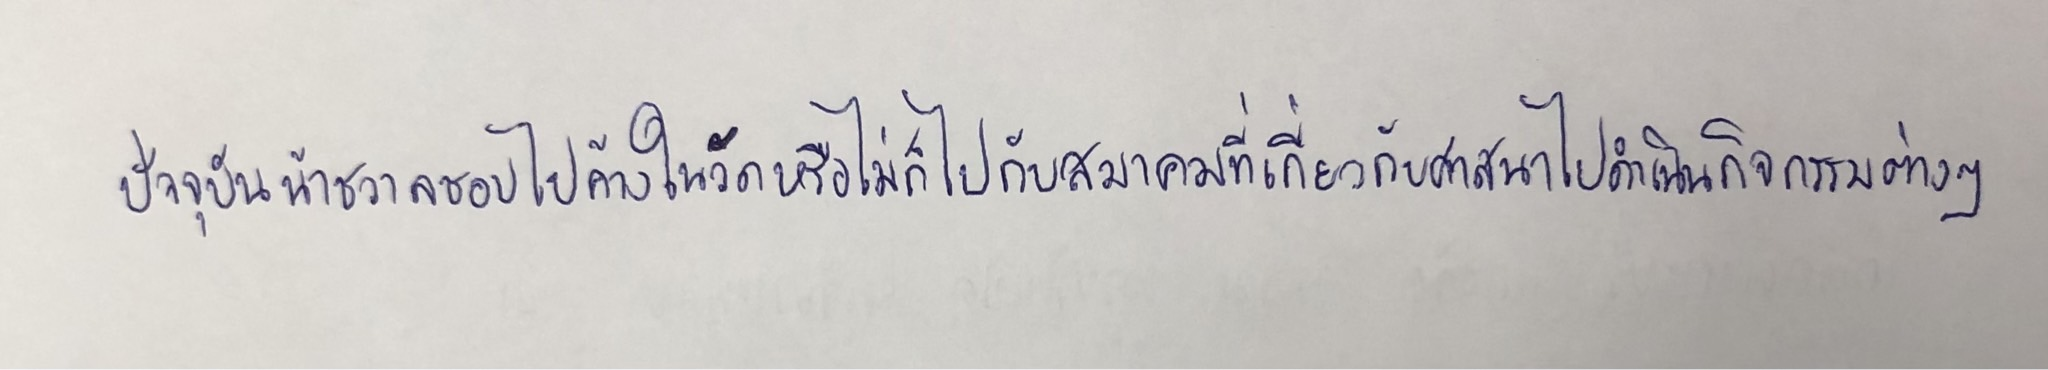
ปัจจุบันน้าชวาลชอบไปค้างในวัดหรือไม่ก็ไปกับสมาคมที่เกี่ยวกับศาสนาไปดำเนินกิจกรรมต่างๆ